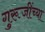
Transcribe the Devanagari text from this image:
गुरूजींच्या